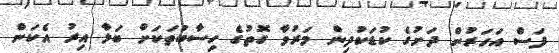
ފަސް އަހަރުން ދަށުގެ ކުޑަކުދިން މަރުވާ ގޮތުގެ ހިސާބުތަކަށް ބަލާ އިރު އެކަން